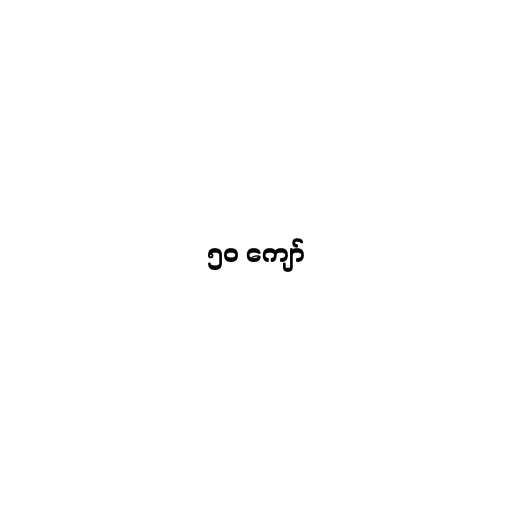
၅၀ ကျော်